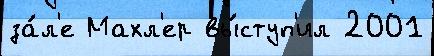
за́л'е Махл'ер вы́ступ'ил 2001